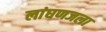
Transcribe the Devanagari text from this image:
लांघणजला